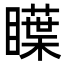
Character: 瞸